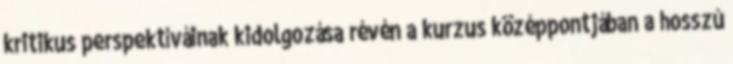
kritikus perspektíváinak kidolgozása révén a kurzus középpontjában a hosszú